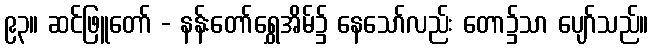
၉၃။ ဆင်ဖြူတော် - နန်းတော်ရွှေအိမ်၌ နေသော်လည်း တော၌သာ ပျော်သည်။